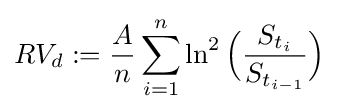
RV_{d}:={\frac {A}{n}}\sum _{i=1}^{n}\ln ^{2}{\Big (}{\frac {S_{t_{i}}}{S_{t_{i-1}}}}{\Big )}